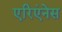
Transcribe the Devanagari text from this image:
एरिएंनेस